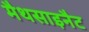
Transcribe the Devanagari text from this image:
मैथसाइनैट